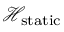
\mathcal { H } _ { \mathrm { s t a t i c } }